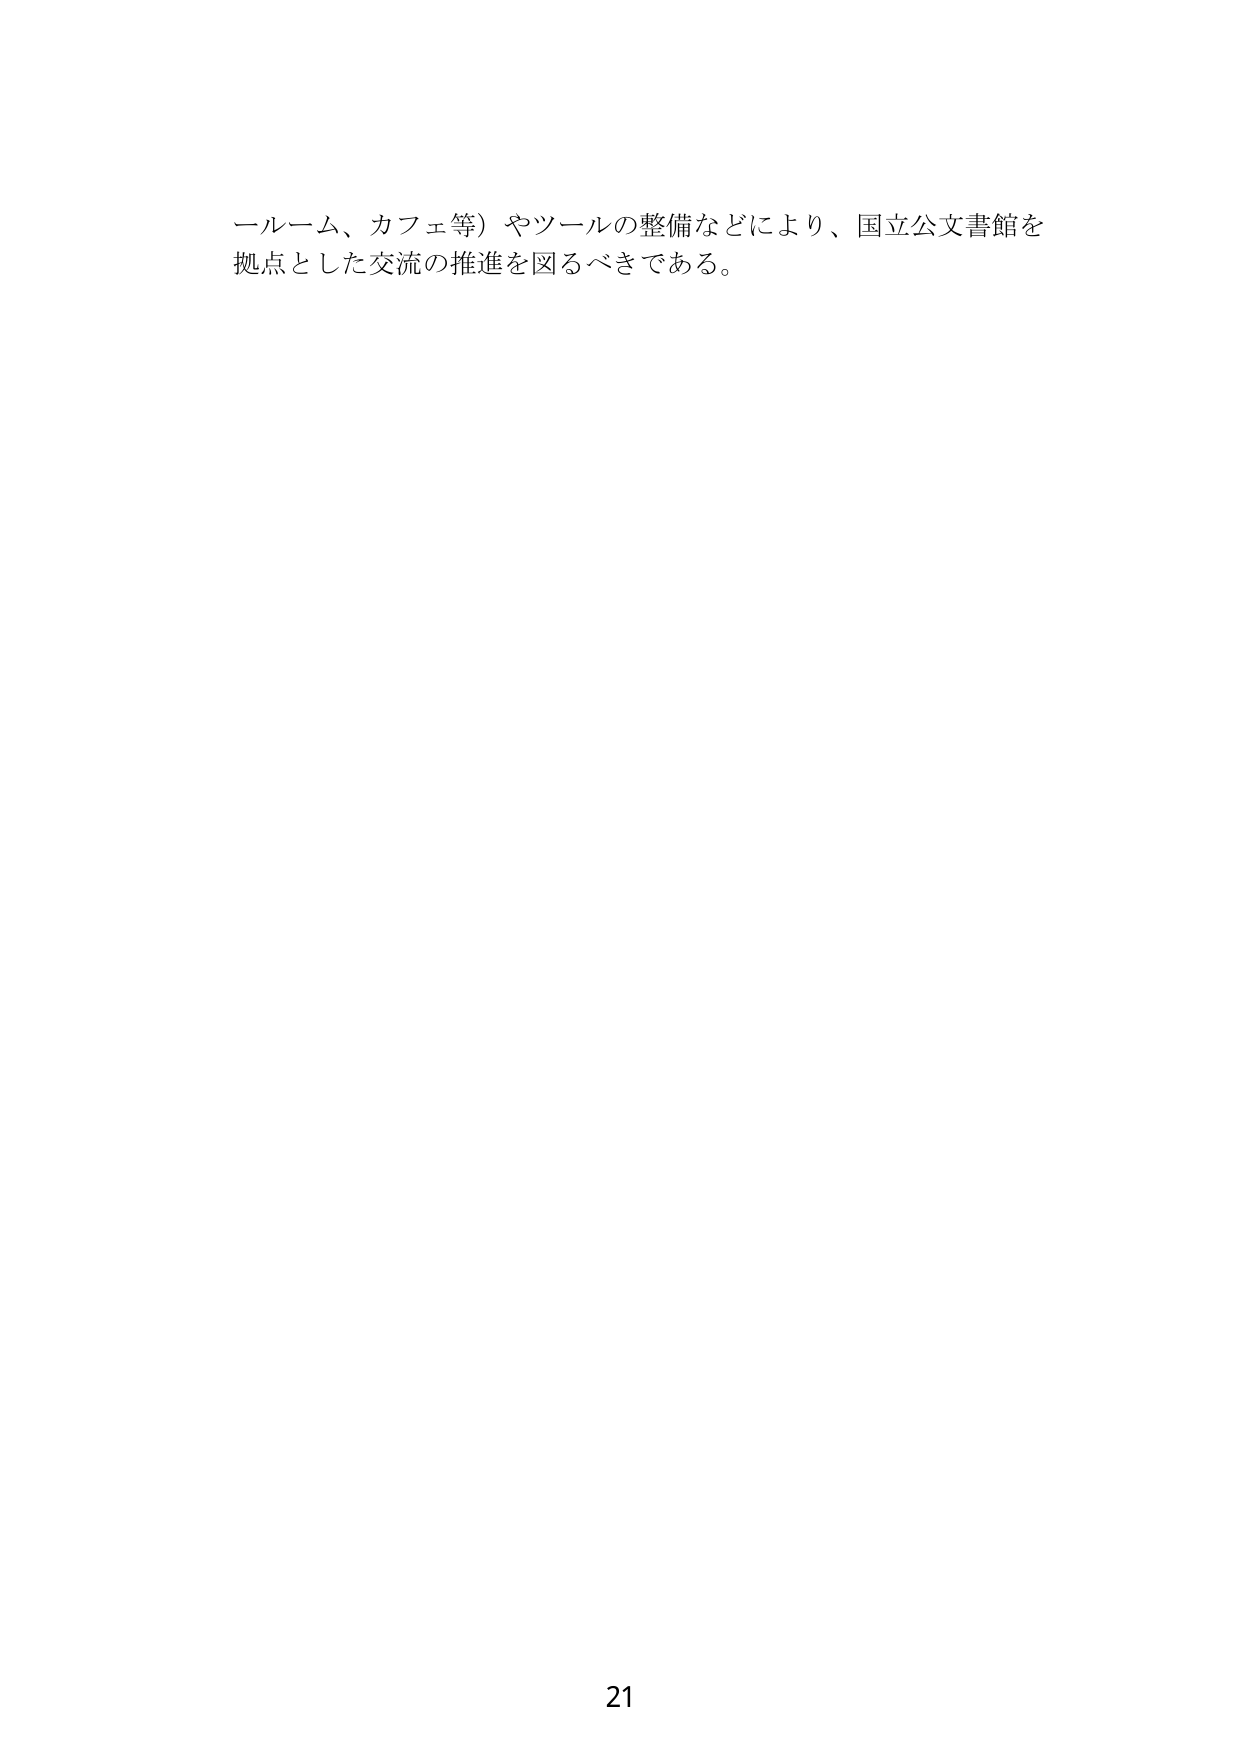
ールーム、カフェ等）やツールの整備などにより、国立公文書館を
拠点とした交流の推進を図るべきである。

21